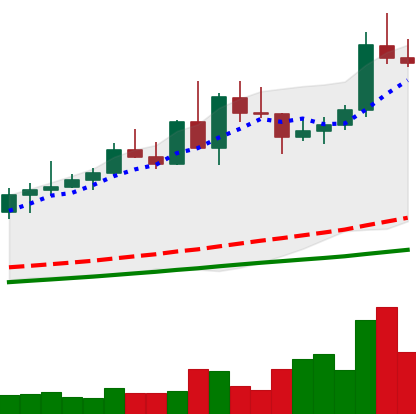
Ticker: NEO-USD
Chart end date: 2020-08-31
Forward return: -17.481%
Label: down_7plus